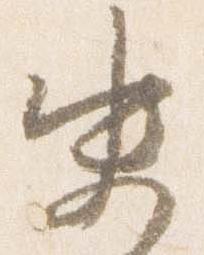
史